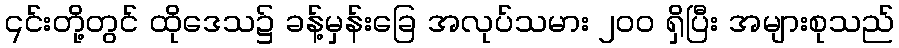
၎င်းတို့တွင် ထိုဒေသ၌ ခန့်မှန်းခြေ အလုပ်သမား ၂၀၀ ရှိပြီး အများစုသည်